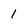
Character: 1